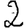
Digit: 2